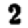
Digit: 2